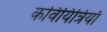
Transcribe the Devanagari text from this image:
कवियित्रियाँ